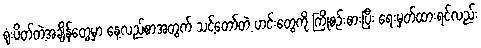
ရုံးပိတ်တဲ့အချိန်တွေမှာ နေ့လည်စာအတွက် သင့်တော်တဲ့ ဟင်းတွေကို ကြိုစဉ်းစားပြီး ရေးမှတ်ထားရင်လည်း